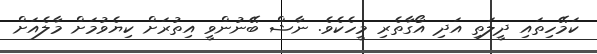
ކަމޭހިތައި ދީލަތި އަދި އޯގާތެރި މީހެކެވެ. ނާޝް ބޭނުންވީ އިތުރަށް ކިޔެވުމަށް މާލެއަށް